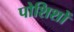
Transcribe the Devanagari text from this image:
पोशिशों